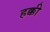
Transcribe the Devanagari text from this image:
हक्की